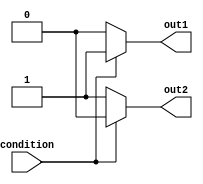
module if_else_statement (
    input wire condition,
    output reg out1,
    output reg out2
);

always @* begin
    if (condition) begin
        out1 = 1; // Execute if condition is true
        out2 = 0;
    end
    else begin
        out1 = 0; // Execute if condition is false
        out2 = 1;
    end
end

endmodule